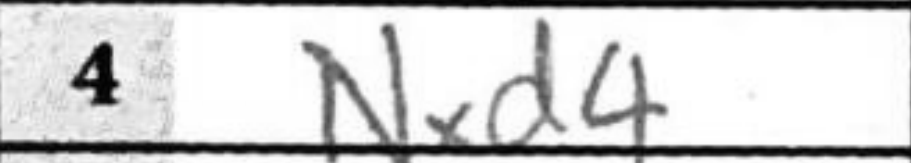
Transcription: Nxd4